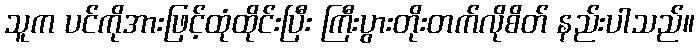
သူက ပင်ကိုအားဖြင့်ထုံထိုင်းပြီး ကြီးပွားတိုးတက်လိုစိတ် နည်းပါသည်။